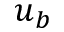
u _ { b }